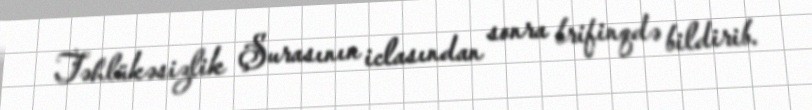
Təhlükəsizlik Şurasının iclasından sonra brifinqdə bildirib.